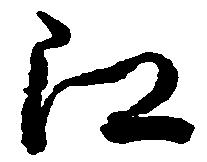
江